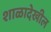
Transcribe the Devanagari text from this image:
शाळादेखील